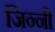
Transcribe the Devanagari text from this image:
जिन्नी